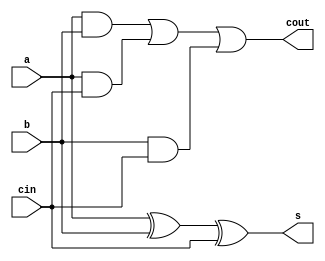
// fulladder using behavioural modeling

module fulladder(a,b,cin,s,cout);
 
input a,b,cin;  //inputs
output reg s, cout;  //outputs

always@(a,b,cin) 
begin
	s=a^b^cin;  //sum
	cout=(a&b)|(a&cin)|(b&cin);  //carry
end

endmodule